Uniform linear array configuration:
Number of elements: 8
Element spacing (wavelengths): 0.5
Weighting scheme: exponential
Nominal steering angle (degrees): -15
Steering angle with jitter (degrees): -14.754
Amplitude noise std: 0.05
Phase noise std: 0.05

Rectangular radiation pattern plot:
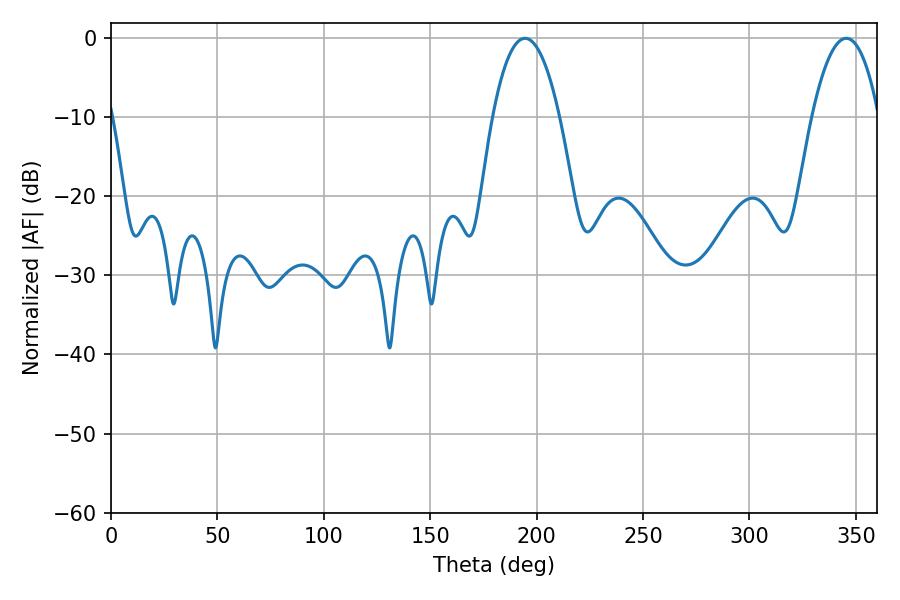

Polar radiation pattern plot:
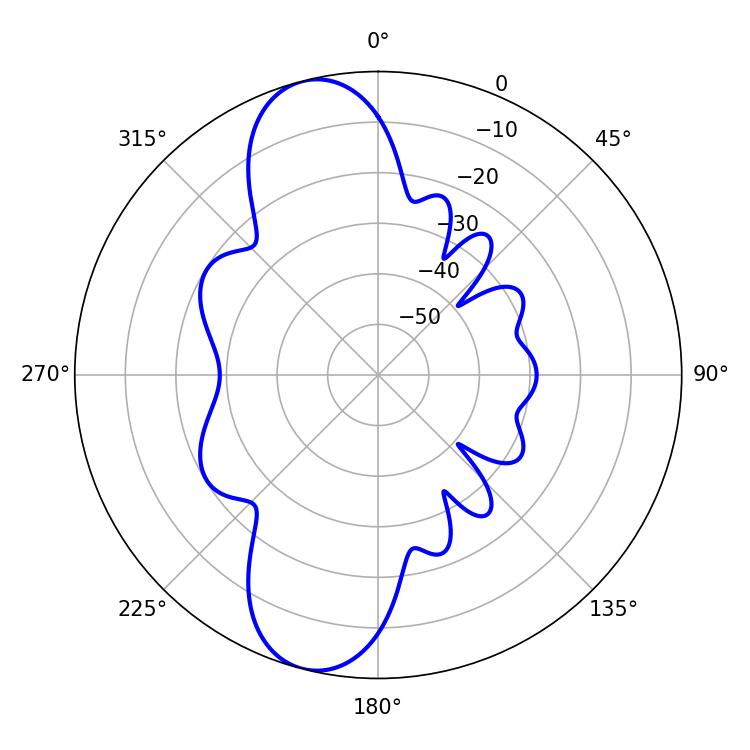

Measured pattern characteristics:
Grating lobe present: FALSE
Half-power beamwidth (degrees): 17.46
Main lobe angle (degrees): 345.42